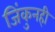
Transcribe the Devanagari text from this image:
जिंकुनही